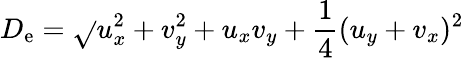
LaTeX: D_{\mathrm{e}}=\sqrt{}{{u_{x}^{2}+v_{y}^{2}+u_{x}v_{y}+\frac{{1}}{{4}}(u_{y}+v_{x})^{2}}}